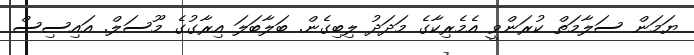
ޔަމަން ސަލާމަތް ކުރަންވީ އެމެރިކާގެ މަދަދު ލިބިގެން. ބަލާބަލަ އިރާގުގެ މޫސަލް. އައިސިސް